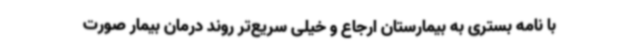
با نامه بستری به بیمارستان ارجاع و خیلی سریع‌تر روند درمان بیمار صورت